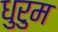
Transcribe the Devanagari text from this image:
धुरुम